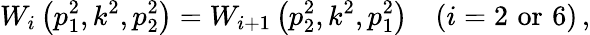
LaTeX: W_{i}\left(p_{1}^{2},k^{2},p_{2}^{2}\right)=W_{i+1}\left(p_{2}^{2},k^{2},p_{1}^{2}\right)\quad(i=2\, \, \mathrm{{or}}\, \, 6)\, ,